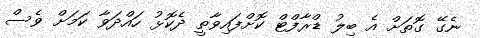
ނެގޭ ގޮތަށް އެ ބިލު ޑްރާފްޓް ކޮށްފައިވާތީ ދެކޮޅު ހައްދަވާ ކަމަށް ވެސް